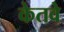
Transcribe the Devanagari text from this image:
केतवे